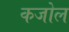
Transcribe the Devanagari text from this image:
कजोल